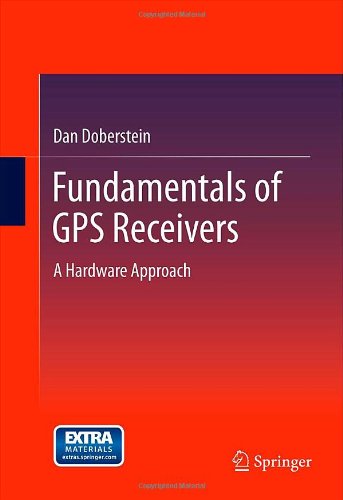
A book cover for Fundamentals of GPS Receivers: A Hardware Approach; Dan Doberstein; Science & Math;